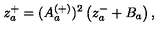
z _ { a } ^ { + } = ( A _ { a } ^ { ( + ) } ) ^ { 2 } \left( z _ { a } ^ { - } + B _ { a } \right) ,